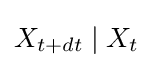
X_{t+dt}\mid X_{t}